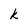
Character: k